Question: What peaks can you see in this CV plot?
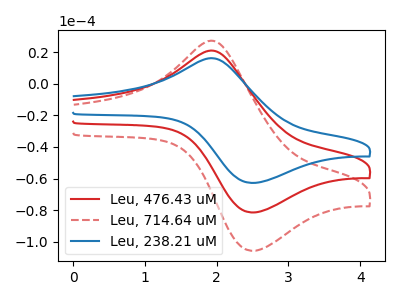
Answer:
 <answer>The red curve "Leu, 476.43 uM" has an anodic peak at (2.00V, 20.65uA) and a cathodic peak at (2.50V, -81.45uA). The red dashed curve "Leu, 714.64 uM" has an anodic peak at (2.00V, 41.30uA) and a cathodic peak at (2.50V, -162.95uA). The blue curve "Leu, 238.21 uM" has an anodic peak at (2.00V, 15.90uA) and a cathodic peak at (2.50V, -62.80uA).</answer>
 <eval></eval>